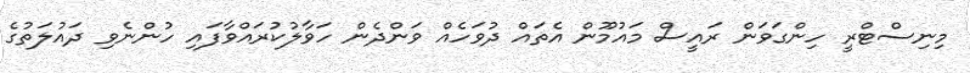
މިނިސްޓްރީ ހިންގަވަން ރައީސް މައުމޫން އެތައް ދުވަހެއް ވަންދެން ހަވާލުކުރައްވާފައި ހުންނެވި ދައުލަތުގެ